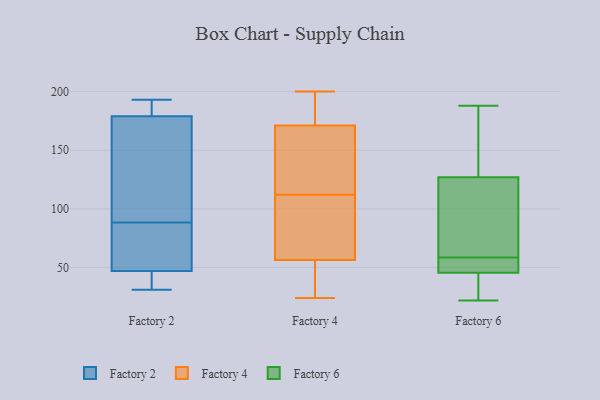
{"axis": {"x": "Website Visitors", "y": "Value"}, "legend": ["Factory 2", "Factory 4", "Factory 6"], "data": [{"x": "", "y": 193, "type": "Factory 2"}, {"x": "", "y": 76, "type": "Factory 2"}, {"x": "", "y": 47, "type": "Factory 2"}, {"x": "", "y": 162, "type": "Factory 2"}, {"x": "", "y": 184, "type": "Factory 2"}, {"x": "", "y": 96, "type": "Factory 2"}, {"x": "", "y": 179, "type": "Factory 2"}, {"x": "", "y": 49, "type": "Factory 2"}, {"x": "", "y": 165, "type": "Factory 2"}, {"x": "", "y": 38, "type": "Factory 2"}, {"x": "", "y": 34, "type": "Factory 2"}, {"x": "", "y": 31, "type": "Factory 2"}, {"x": "", "y": 191, "type": "Factory 2"}, {"x": "", "y": 81, "type": "Factory 2"}, {"x": "", "y": 99, "type": "Factory 4"}, {"x": "", "y": 150, "type": "Factory 4"}, {"x": "", "y": 125, "type": "Factory 4"}, {"x": "", "y": 200, "type": "Factory 4"}, {"x": "", "y": 196, "type": "Factory 4"}, {"x": "", "y": 181, "type": "Factory 4"}, {"x": "", "y": 142, "type": "Factory 4"}, {"x": "", "y": 91, "type": "Factory 4"}, {"x": "", "y": 38, "type": "Factory 4"}, {"x": "", "y": 97, "type": "Factory 4"}, {"x": "", "y": 30, "type": "Factory 4"}, {"x": "", "y": 75, "type": "Factory 4"}, {"x": "", "y": 171, "type": "Factory 4"}, {"x": "", "y": 171, "type": "Factory 4"}, {"x": "", "y": 30, "type": "Factory 4"}, {"x": "", "y": 24, "type": "Factory 4"}, {"x": "", "y": 22, "type": "Factory 6"}, {"x": "", "y": 145, "type": "Factory 6"}, {"x": "", "y": 52, "type": "Factory 6"}, {"x": "", "y": 103, "type": "Factory 6"}, {"x": "", "y": 109, "type": "Factory 6"}, {"x": "", "y": 64, "type": "Factory 6"}, {"x": "", "y": 28, "type": "Factory 6"}, {"x": "", "y": 52, "type": "Factory 6"}, {"x": "", "y": 188, "type": "Factory 6"}, {"x": "", "y": 53, "type": "Factory 6"}, {"x": "", "y": 39, "type": "Factory 6"}, {"x": "", "y": 155, "type": "Factory 6"}]}